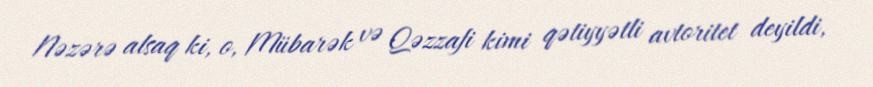
Nəzərə alsaq ki, o, Mübarək və Qəzzafi kimi qətiyyətli avtoritet deyildi,